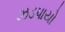
ઝડપાયો